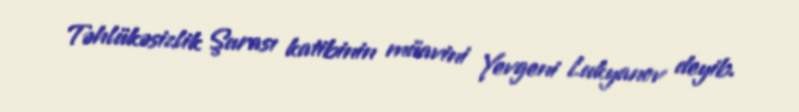
Təhlükəsizlik Şurası katibinin müavini Yevgeni Lukyanov deyib.